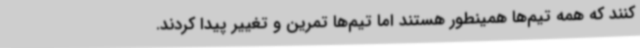
کنند که همه تیم‌ها همینطور هستند اما تیم‌ها تمرین و تغییر پیدا کردند.